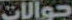
جوالات